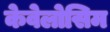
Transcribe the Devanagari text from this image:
केवेलोसिम